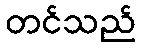
တင်သည်